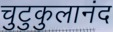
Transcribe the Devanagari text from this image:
चुटुकुलानंद